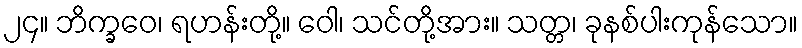
၂၄။ ဘိက္ခဝေ၊ ရဟန်းတို့။ ဝေါ၊ သင်တို့အား။ သတ္တ၊ ခုနစ်ပါးကုန်သော။